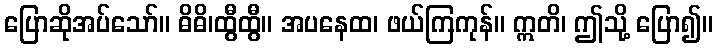
ပြောဆိုအပ်သော်။ ဓိဓိ၊ထွီထွီ။ အပနေထ၊ ဖယ်ကြကုန်။ ဣတိ၊ ဤသို့ ပြော၍။